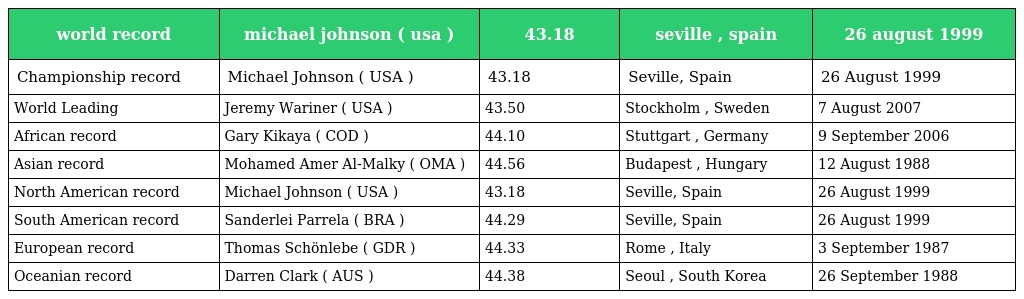
| world record | michael johnson ( usa ) | 43.18 | seville , spain | 26 august 1999 |
 | --- | --- | --- | --- | --- |
 | Championship record | Michael Johnson ( USA ) | 43.18 | Seville, Spain | 26 August 1999 |
 | World Leading | Jeremy Wariner ( USA ) | 43.50 | Stockholm , Sweden | 7 August 2007 |
 | African record | Gary Kikaya ( COD ) | 44.10 | Stuttgart , Germany | 9 September 2006 |
 | Asian record | Mohamed Amer Al-Malky ( OMA ) | 44.56 | Budapest , Hungary | 12 August 1988 |
 | North American record | Michael Johnson ( USA ) | 43.18 | Seville, Spain | 26 August 1999 |
 | South American record | Sanderlei Parrela ( BRA ) | 44.29 | Seville, Spain | 26 August 1999 |
 | European record | Thomas Schönlebe ( GDR ) | 44.33 | Rome , Italy | 3 September 1987 |
 | Oceanian record | Darren Clark ( AUS ) | 44.38 | Seoul , South Korea | 26 September 1988 |